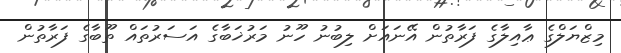
މިޒްޔަލްގެ ޢާއިލާގެ ފަރާތުން އޭނައަށް ލިބުނު ހޫނު މަރުޚަބާގެ އަސަރުތައް ތޫބާގެ ފަރާތުން